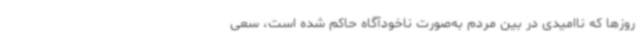
روزها که ناامیدی در بین مردم به‌صورت ناخودآگاه حاکم شده ‌است، سعی